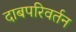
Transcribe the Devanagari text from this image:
दाबपरिवर्तन